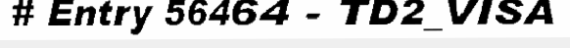
# Entry 56464 - TD2_VISA